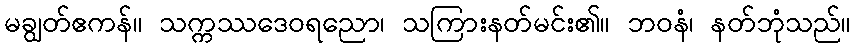
မချွတ်ဧကန်။ သက္ကဿဒေဝရညော၊ သကြားနတ်မင်း၏။ ဘဝနံ၊ နတ်ဘုံသည်။